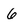
Character: 6